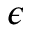
\epsilon